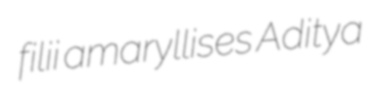
filii amaryllises Aditya